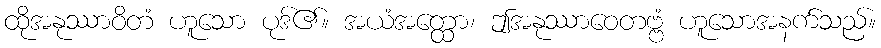
ထိုအနုဿာဝိတံ ဟူသော ပုဒ်၏။ အယံအတ္ထော၊ ဤအနုဿာဝေတဗ္ဗံ ဟူသောအနက်သည်။